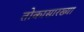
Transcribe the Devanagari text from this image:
तोकासारख्या